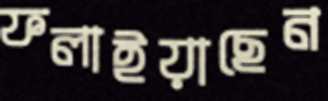
ফলাইয়াছেন